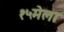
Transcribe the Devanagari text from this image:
१५मेला